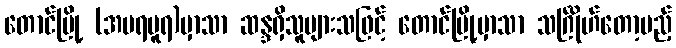
တောင်မြို့ (အမရပူရ)မှာသာ ဆန္ဒရှိသူများသဖြင့် တောင်မြို့မှာသာ သင်္ဂြိုဟ်တော့မည့်